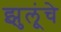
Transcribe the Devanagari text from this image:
झुलूंचे